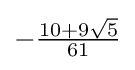
{\textstyle -{\frac {10+9{\sqrt {5}}}{61}}}